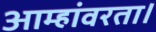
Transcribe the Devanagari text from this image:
आम्हांवरता।